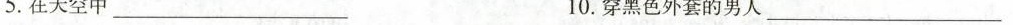
5.在天空中___ 10.穿黑色外套的男人___